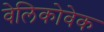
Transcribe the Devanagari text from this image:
वेलिकोवेक